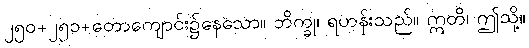
၂၅၀+၂၅၁+တောကျောင်း၌နေသော။ ဘိက္ခု၊ ရဟန်းသည်။ ဣတိ၊ ဤသို့။